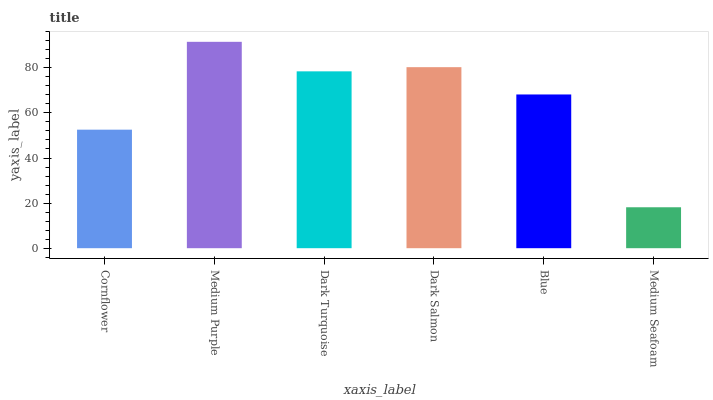
| xaxis_label | bars |
 | --- | --- |
 | Cornflower | 52.6 |
 | Medium Purple | 91.5 |
 | Dark Turquoise | 78.4 |
 | Dark Salmon | 80.3 |
 | Blue | 68.2 |
 | Medium Seafoam | 18.2 |